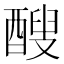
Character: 醙